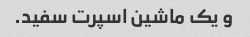
و یک ماشین اسپرت سفید.